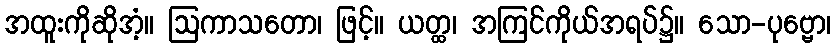
အထူးကိုဆိုအံ့။ ဩကာသတော၊ ဖြင့်။ ယတ္ထ၊ အကြင်ကိုယ်အရပ်၌။ သော-ပုဗ္ဗော၊